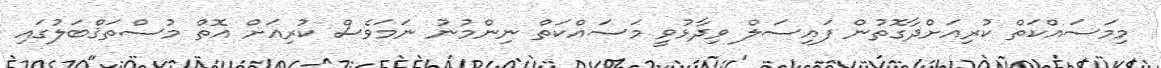
މިމަސައްކަތް ކުރިއަށްދާގޮތުން ފައިސަލް ވިދާޅުވީ މަސައްކަތް ނިންމުނު ނަމަވެސް ކުރިއަށް އޮތް މުސްތަޤްބަލުގައި